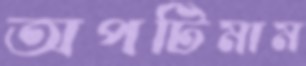
অপটিমাম